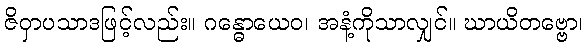
ဇိဝှာပသာဒဖြင့်လည်း။ ဂန္ဓောယေဝ၊ အနံ့ကိုသာလျှင်။ ဃာယိတဗ္ဗော၊